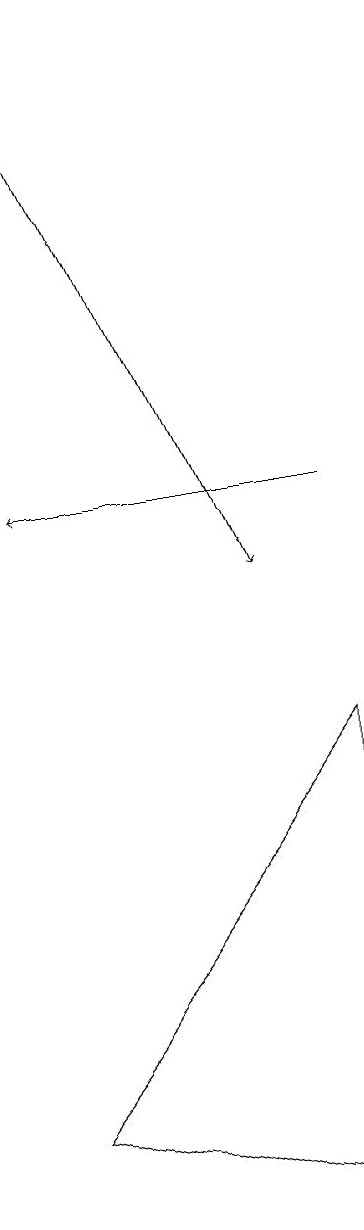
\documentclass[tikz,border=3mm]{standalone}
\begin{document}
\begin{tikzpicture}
\draw (8,8) -- (8,2) -- (4,3) -- cycle;
\draw[->] (4,17) -- (7,10);
\draw[->] (8,11) -- (4,11);
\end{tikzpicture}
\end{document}